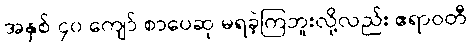
အနှစ် ၄၀ ကျော် စာပေဆု မရခဲ့ကြဘူးလို့လည်း ဧရာဝတီ